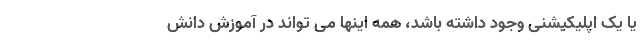
یا یک اپلیکیشنی وجود داشته باشد، همه اینها می تواند در آموزش دانش